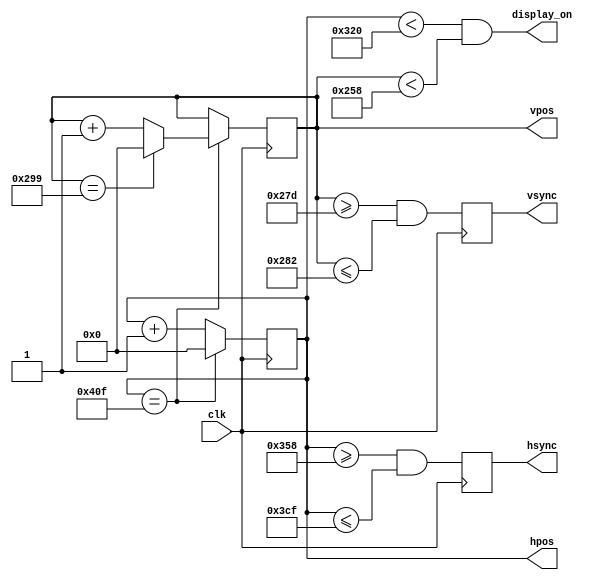
`timescale 1ns / 1ps

module hv_sync_gen(
    input clk,
    output wire display_on,
    output reg hsync, vsync,
    output reg [10:0] hpos, vpos
);
    
initial begin
    vpos=0;
    hpos=0;
end
  
// declarations for TV-simulator sync parameters
// horizontal constants
parameter H_DISPLAY       = 800; // horizontal display width
parameter H_BACK          =  64; // horizontal left border (back porch)
parameter H_FRONT         =  56; // horizontal right border (front porch)
parameter H_SYNC          =  120; // horizontal sync width

// vertical constants
parameter V_DISPLAY       = 600; // vertical display height
parameter V_TOP           =  23; // vertical top border
parameter V_BOTTOM        =  37; // vertical bottom border
parameter V_SYNC          =   6; // vertical sync # lines

// derived constants
parameter H_SYNC_START    = H_DISPLAY + H_FRONT;
parameter H_SYNC_END      = H_DISPLAY + H_FRONT + H_SYNC - 1;
parameter H_MAX           = H_DISPLAY + H_BACK + H_FRONT + H_SYNC - 1;
parameter V_SYNC_START    = V_DISPLAY + V_BOTTOM;
parameter V_SYNC_END      = V_DISPLAY + V_BOTTOM + V_SYNC - 1;
parameter V_MAX           = V_DISPLAY + V_TOP + V_BOTTOM + V_SYNC - 1;

wire hmaxxed = (hpos == H_MAX);	// set when hpos is maximum
wire vmaxxed = (vpos == V_MAX);	// set when vpos is maximum
  
// horizontal position counter
always @(posedge clk) begin
    hsync <= (hpos >= H_SYNC_START && hpos <= H_SYNC_END);
    if (hmaxxed) hpos <= 0;
    else hpos <= hpos + 1;
end

// vertical position counter
always @(posedge clk) begin
    vsync <= (vpos >= V_SYNC_START && vpos<=V_SYNC_END);
    if (hmaxxed) begin
        if (vmaxxed) vpos <= 0;
        else vpos <= vpos + 1;
    end
end
  
// display_on is set when beam is in "safe" visible frame
assign display_on = (hpos < H_DISPLAY) && (vpos < V_DISPLAY);

endmodule